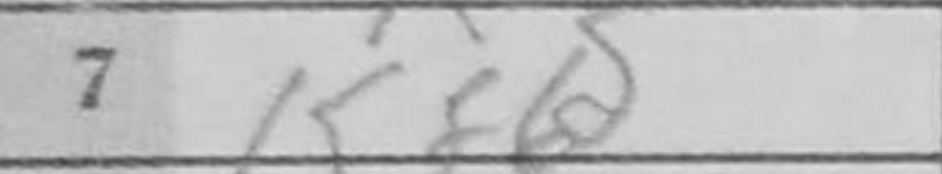
Transcription: Kf6